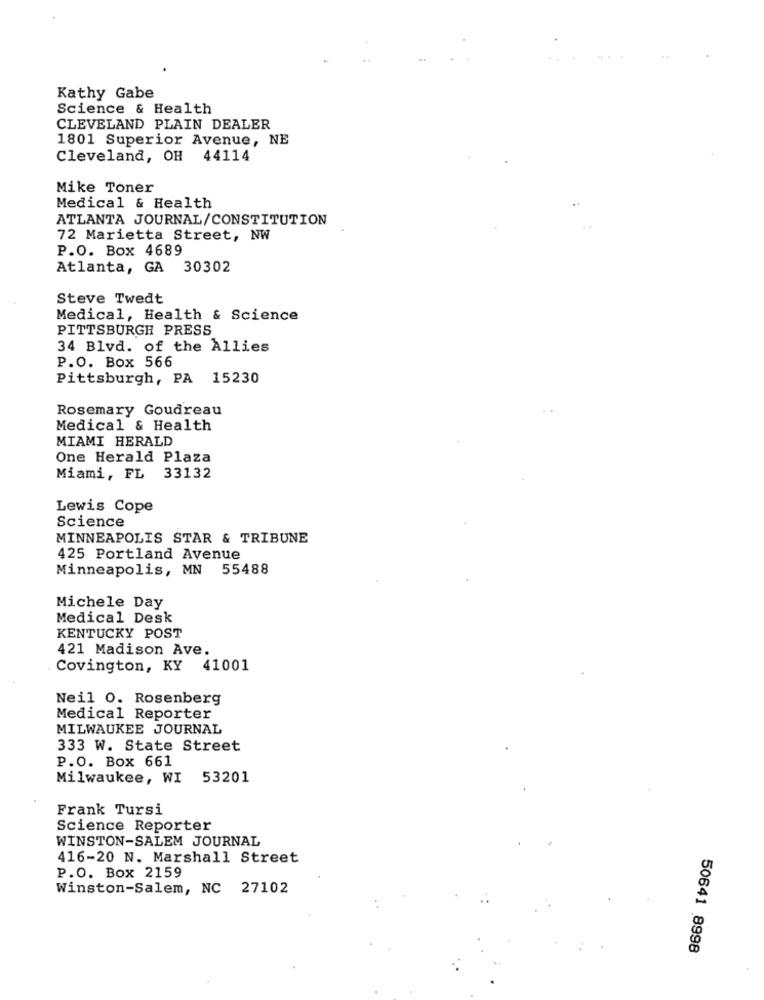
Kathy Gabe
Science & Health
CLEVELAND PLAIN DEALER
1801 Superior Avenue, NE
Cleveland, OH 44114
Mike Toner
Medical & Health
ATLANTA JOURNAL/CONSTITUTION
72 Marietta Street, NW
P.O. Box 4689
Atlanta, GA 30302
Steve Twedt
Medical, Health & Science
PITTSBURGH PRESS
34 Blvd. of the Allies
P.O. Box 566
Pittsburgh, PA 15230
Rosemary Goudreau
Medical & Health
MIAMI HERALD
One Herald Plaza
Miami, FL 33132
Lewis Cope
Science
MINNEAPOLIS STAR & TRIBUNE
425 Portland Avenue
Minneapolis, MN 55488
Michele Day
Medical Desk
KENTUCKY POST
421 Madison Ave.
Covington, KY 41001
Neil 0. Rosenberg
Medical Reporter
MILWAUKEE JOURNAL
333 W. State Street
P.O. Box 661
Milwaukee, WI
53201
Frank Tursi
Science Reporter
WINSTON-SALEM JOURNAL
416-20 N. Marshall Street
P.O. Box 2159
Winston-Salem, NC 27102
50641 8998